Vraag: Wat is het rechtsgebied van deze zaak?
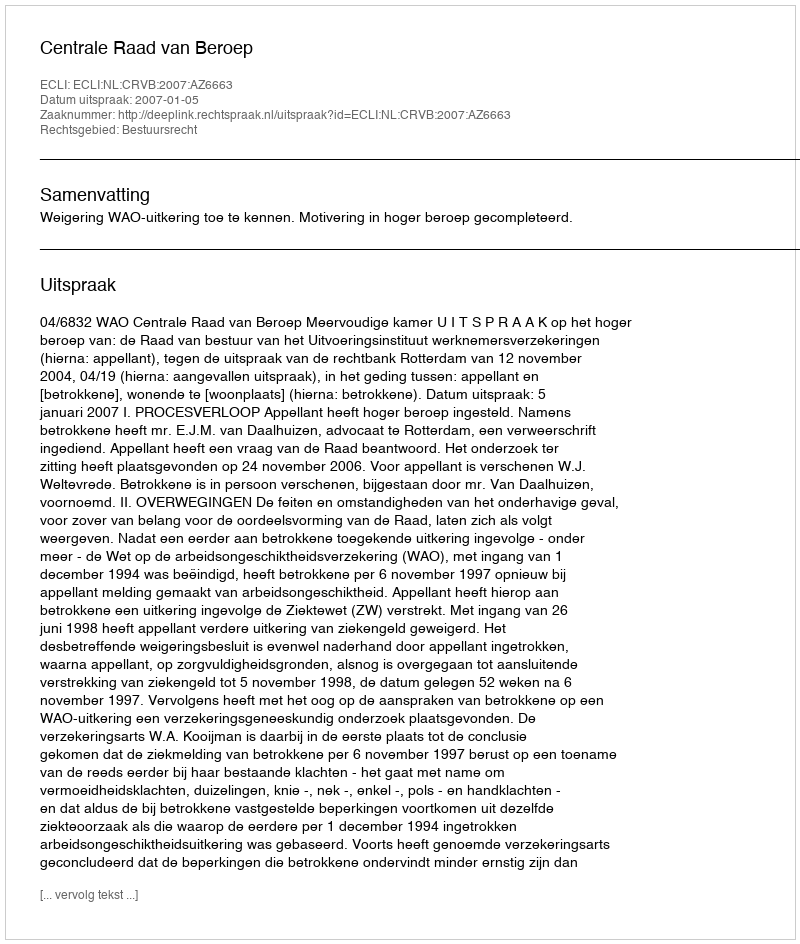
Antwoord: Bestuursrecht